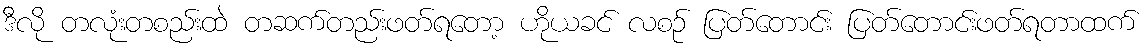
ဒီလို တလုံးတစည်းထဲ တဆက်တည်းဖတ်ရတော့ ဟိုယခင် လစဉ် ပြတ်တောင်း ပြတ်တောင်းဖတ်ရတာထက်